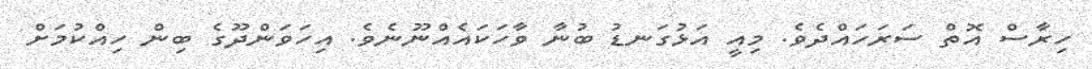
ހިރާސް އޮތް ސަރަހައްދެވެ. މިއީ އަޅުގަނޑު ބުނާ ވާހަކައެއްނޫނެވެ. އިހަވަންދޫގެ ބިން ހިއްކުމަށް